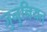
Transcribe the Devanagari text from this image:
जुनुनियत